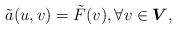
LaTeX: \begin{align*}\tilde a(u,v) = \tilde F(v), \forall v\in \boldsymbol{V}, \end{align*}